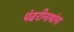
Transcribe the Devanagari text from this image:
पंढरीनाथांना